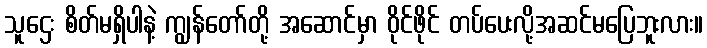
သူဌေး စိတ်မရှိပါနဲ့ ကျွန်တော်တို့ အဆောင်မှာ ဝိုင်ဖိုင် တပ်ပေးလို့အဆင်မပြေဘူးလား။